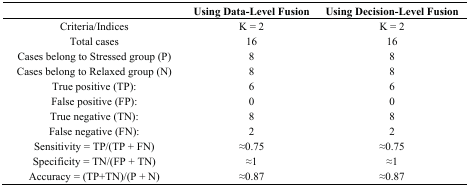
|  | Using Data-Level Fusion | Using Decision-Level Fusion |
 | --- | --- | --- |
 | Criteria/Indices | K = 2 | K = 2 |
 | Total cases | 16 | 16 |
 | Cases belong to Stressed group (P) | 8 | 8 |
 | Cases belong to Relaxed group (N) | 8 | 8 |
 | True positive (TP): | 6 | 6 |
 | False positive (FP): | 0 | 0 |
 | True negative (TN): | 8 | 8 |
 | False negative (FN): | 2 | 2 |
 | Sensitivity = TP/(TP + FN) | ≈0.75 | ≈0.75 |
 | Specificity = TN/(FP + TN) | ≈1 | ≈1 |
 | Accuracy = (TP+TN)/(P + N) | ≈0.87 | ≈0.87 |